First report of the anti-malarial operations at Mian Mir, 1901-1903 - Number 6
Year: 1901
Disease focus: Malaria
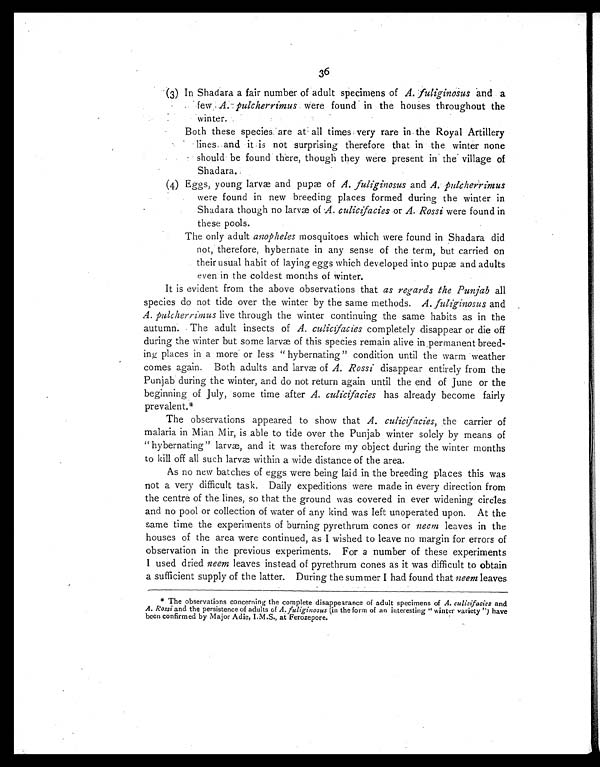
36
(3) In Shadara a fair number of adult specimens of A. fuliginosus and a
few A. pulcherrimus were found in the houses throughout the
winter.
Both these species are at all times very rare in the Royal Artillery
lines and it is not surprising therefore that in the winter none
should be found there, though they were present in the village of
Shadara..
(4) Eggs, young larvæ and pupæ of A. fuliginosus and A. pulcherrimus
were found in new breeding places formed during the winter in
Shadara though no larvæ of A. culicifacies or A. Rossi were found in
these pools.
The only adult anopheles mosquitoes which were found in Shadara did
not, therefore, hybernate in any sense of the term, but carried on
their usual habit of laying eggs which developed into pupæ and adults
even in the coldest months of winter.
It is evident from the above observations that as regards the Punjab all
species do not tide over the winter by the same methods. A. fuliginosus and
A. pulcherrimus live through the winter continuing the same habits as in the
autumn. The adult insects of A. culicifaciesc o m p l e t e l y d i s a p p e a r o r d i e o f f
during the winter but some larvæ of this species remain alive in permanent breed-
ing places in a more or less "hybernating" condition until the warm weather
comes again. Both adults and laræ of A. Rossi disappear entirely from the
Punjab during the winter, and do not return again until the end of June or the
beginning of July, some time after A. culicifacies has already become fairly
prevalent.*
The observations appeared to show that A. culicifacies, the carrier of
malaria in Mian Mir, is able to tide over the Punjab winter solely by means of
"hybernating" larvæ, and it was therefore my object during the winter months
to kill off all such larvæ within a wide distance of the area.
As no new batches of eggs were being laid in the breeding places this was
not a very difficult task. Daily expeditions were made in every direction from
the centre of the lines, so that the ground was covered in ever widening circles
and no pool or collection of water of any kind was left unoperated upon. At the
same time the experiments of burning pyrethrum cones or neem leaves in the
houses of the area were continued, as I wished to leave no margin for errors of
observation in the previous experiments. For a number of these experiments
I used dried neem leaves instead of pyrethrum cones as it was difficult to obtain
a sufficient supply of the latter. During the summer I had found that neem leaves
* The observations concerning the complete disappearance of adult specimens of A. culicifacies and
A. Rossi and the persistence of adults of A. fuliginosus (in the form of an interesting "winter variety") have
been confirmed by Major Adie, I.M.S., at Ferozepore.